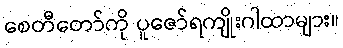
စေတီတော်ကို ပူဇော်ရကျိုးဂါထာများ။